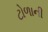
ટોળાની